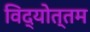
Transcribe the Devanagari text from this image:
विद्योत्तम